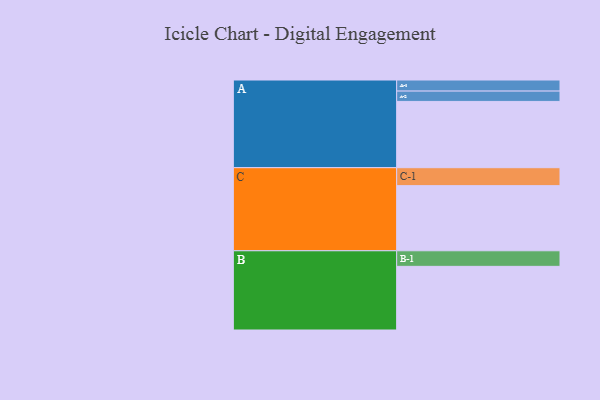
{"axis": {"x": "Segment", "y": "Value"}, "legend": ["", "A", "B", "C"], "data": [{"x": "A", "y": 532, "type": ""}, {"x": "B", "y": 511, "type": ""}, {"x": "C", "y": 523, "type": ""}, {"x": "A-1", "y": 89, "type": "A"}, {"x": "A-2", "y": 83, "type": "A"}, {"x": "B-1", "y": 125, "type": "B"}, {"x": "C-1", "y": 144, "type": "C"}]}